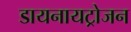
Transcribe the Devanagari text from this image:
डायनायट्रोजन